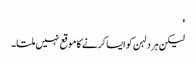
'
لیکن ہر دلہن کو ایسا کرنے کا موقع نہیں ملتا۔